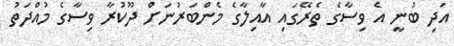
އަދި ބުނީ އެ ވިސާގެ ތެރޭގައި އާއިލާގެ މެންބަރުނަށް ދޫކުރާ ވިސާގެ މުއްދަތު